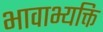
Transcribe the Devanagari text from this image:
भावाभ्यक्ति